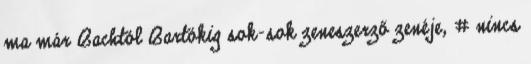
ma már Bachtól Bartókig sok-sok zeneszerző zenéje, # nincs